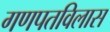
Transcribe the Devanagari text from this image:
गणपतविलास